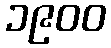
၁၉၀၀